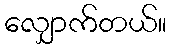
လျှောက်တယ်။